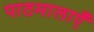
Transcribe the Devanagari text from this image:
पाठमालाएँ